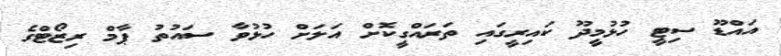
އައްޑޫ ސިޓީ ހުޅުމީދޫ ކައިރީގައި ތަރައްގީކޮށް އަލަށް ހުޅުވާ ސައުތު ޕާމް ރިޒޯޓްގެ